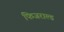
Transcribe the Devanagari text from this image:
फिजराल्ड